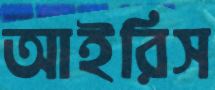
আইরিস